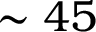
\sim 4 5